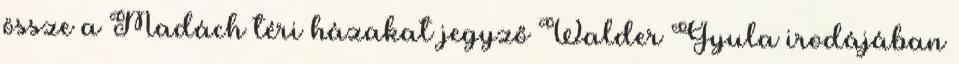
össze a Madách téri házakat jegyző Walder Gyula irodájában